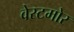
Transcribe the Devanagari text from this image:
वेस्टमोर